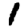
Digit: 1